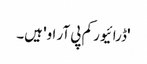
'ڈرائیور کم پی آر او' ہیں۔